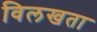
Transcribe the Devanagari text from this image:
विलखता